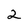
Character: 2